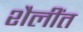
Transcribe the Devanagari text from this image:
शैलींत